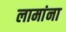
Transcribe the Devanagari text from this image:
लामांना